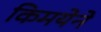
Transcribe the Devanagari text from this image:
किमयेने